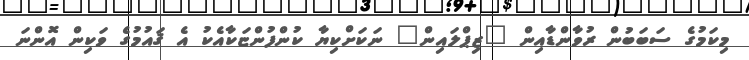
މިކަމުގެ ސަބަބުން ރުވާންޑާއިން "ޒިޕްލައިން" ނަކަށްކިޔާ ކުންފުންޏަކާއެކު އެ ޤައުމުގެ ވަކިން އޮންނަ